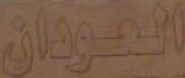
العودان